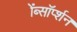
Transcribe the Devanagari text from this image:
ॲब्सॉर्प्शन